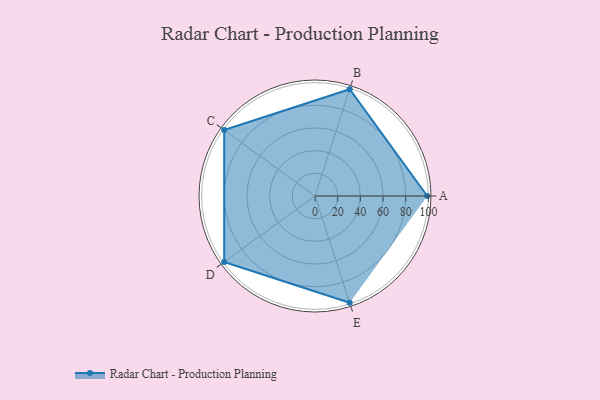
{"axis": {"x": "Skill", "y": "Score"}, "legend": ["Profile"], "data": [{"x": "A", "y": 99, "type": "Profile"}, {"x": "B", "y": 99, "type": "Profile"}, {"x": "C", "y": 99, "type": "Profile"}, {"x": "D", "y": 99, "type": "Profile"}, {"x": "E", "y": 99, "type": "Profile"}]}